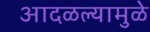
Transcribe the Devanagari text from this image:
आदळल्यामुळे